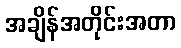
အချိန်အတိုင်းအတာ